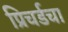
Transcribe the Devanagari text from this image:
प्रिचर्डचा